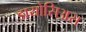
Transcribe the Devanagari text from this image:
डायोसिअस